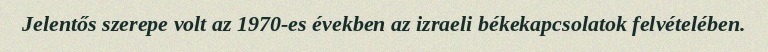
Jelentős szerepe volt az 1970-es években az izraeli békekapcsolatok felvételében.